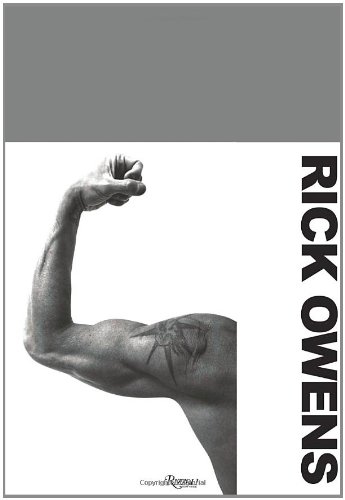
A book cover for Rick Owens; Rick Owens; Arts & Photography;